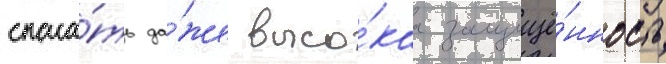
спаса́ть да́же высо́каа защищё́нность